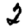
Digit: 2